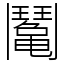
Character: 䰗